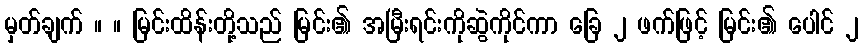
မှတ်ချက် ။ ။ မြင်းထိန်းတို့သည် မြင်း၏ အမြီးရင်းကိုဆွဲကိုင်ကာ ခြေ ၂ ဖက်ဖြင့် မြင်း၏ ပေါင် ၂